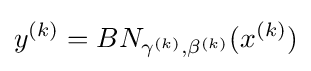
y^{(k)}=BN_{\gamma ^{(k)},\beta ^{(k)}}(x^{(k)})